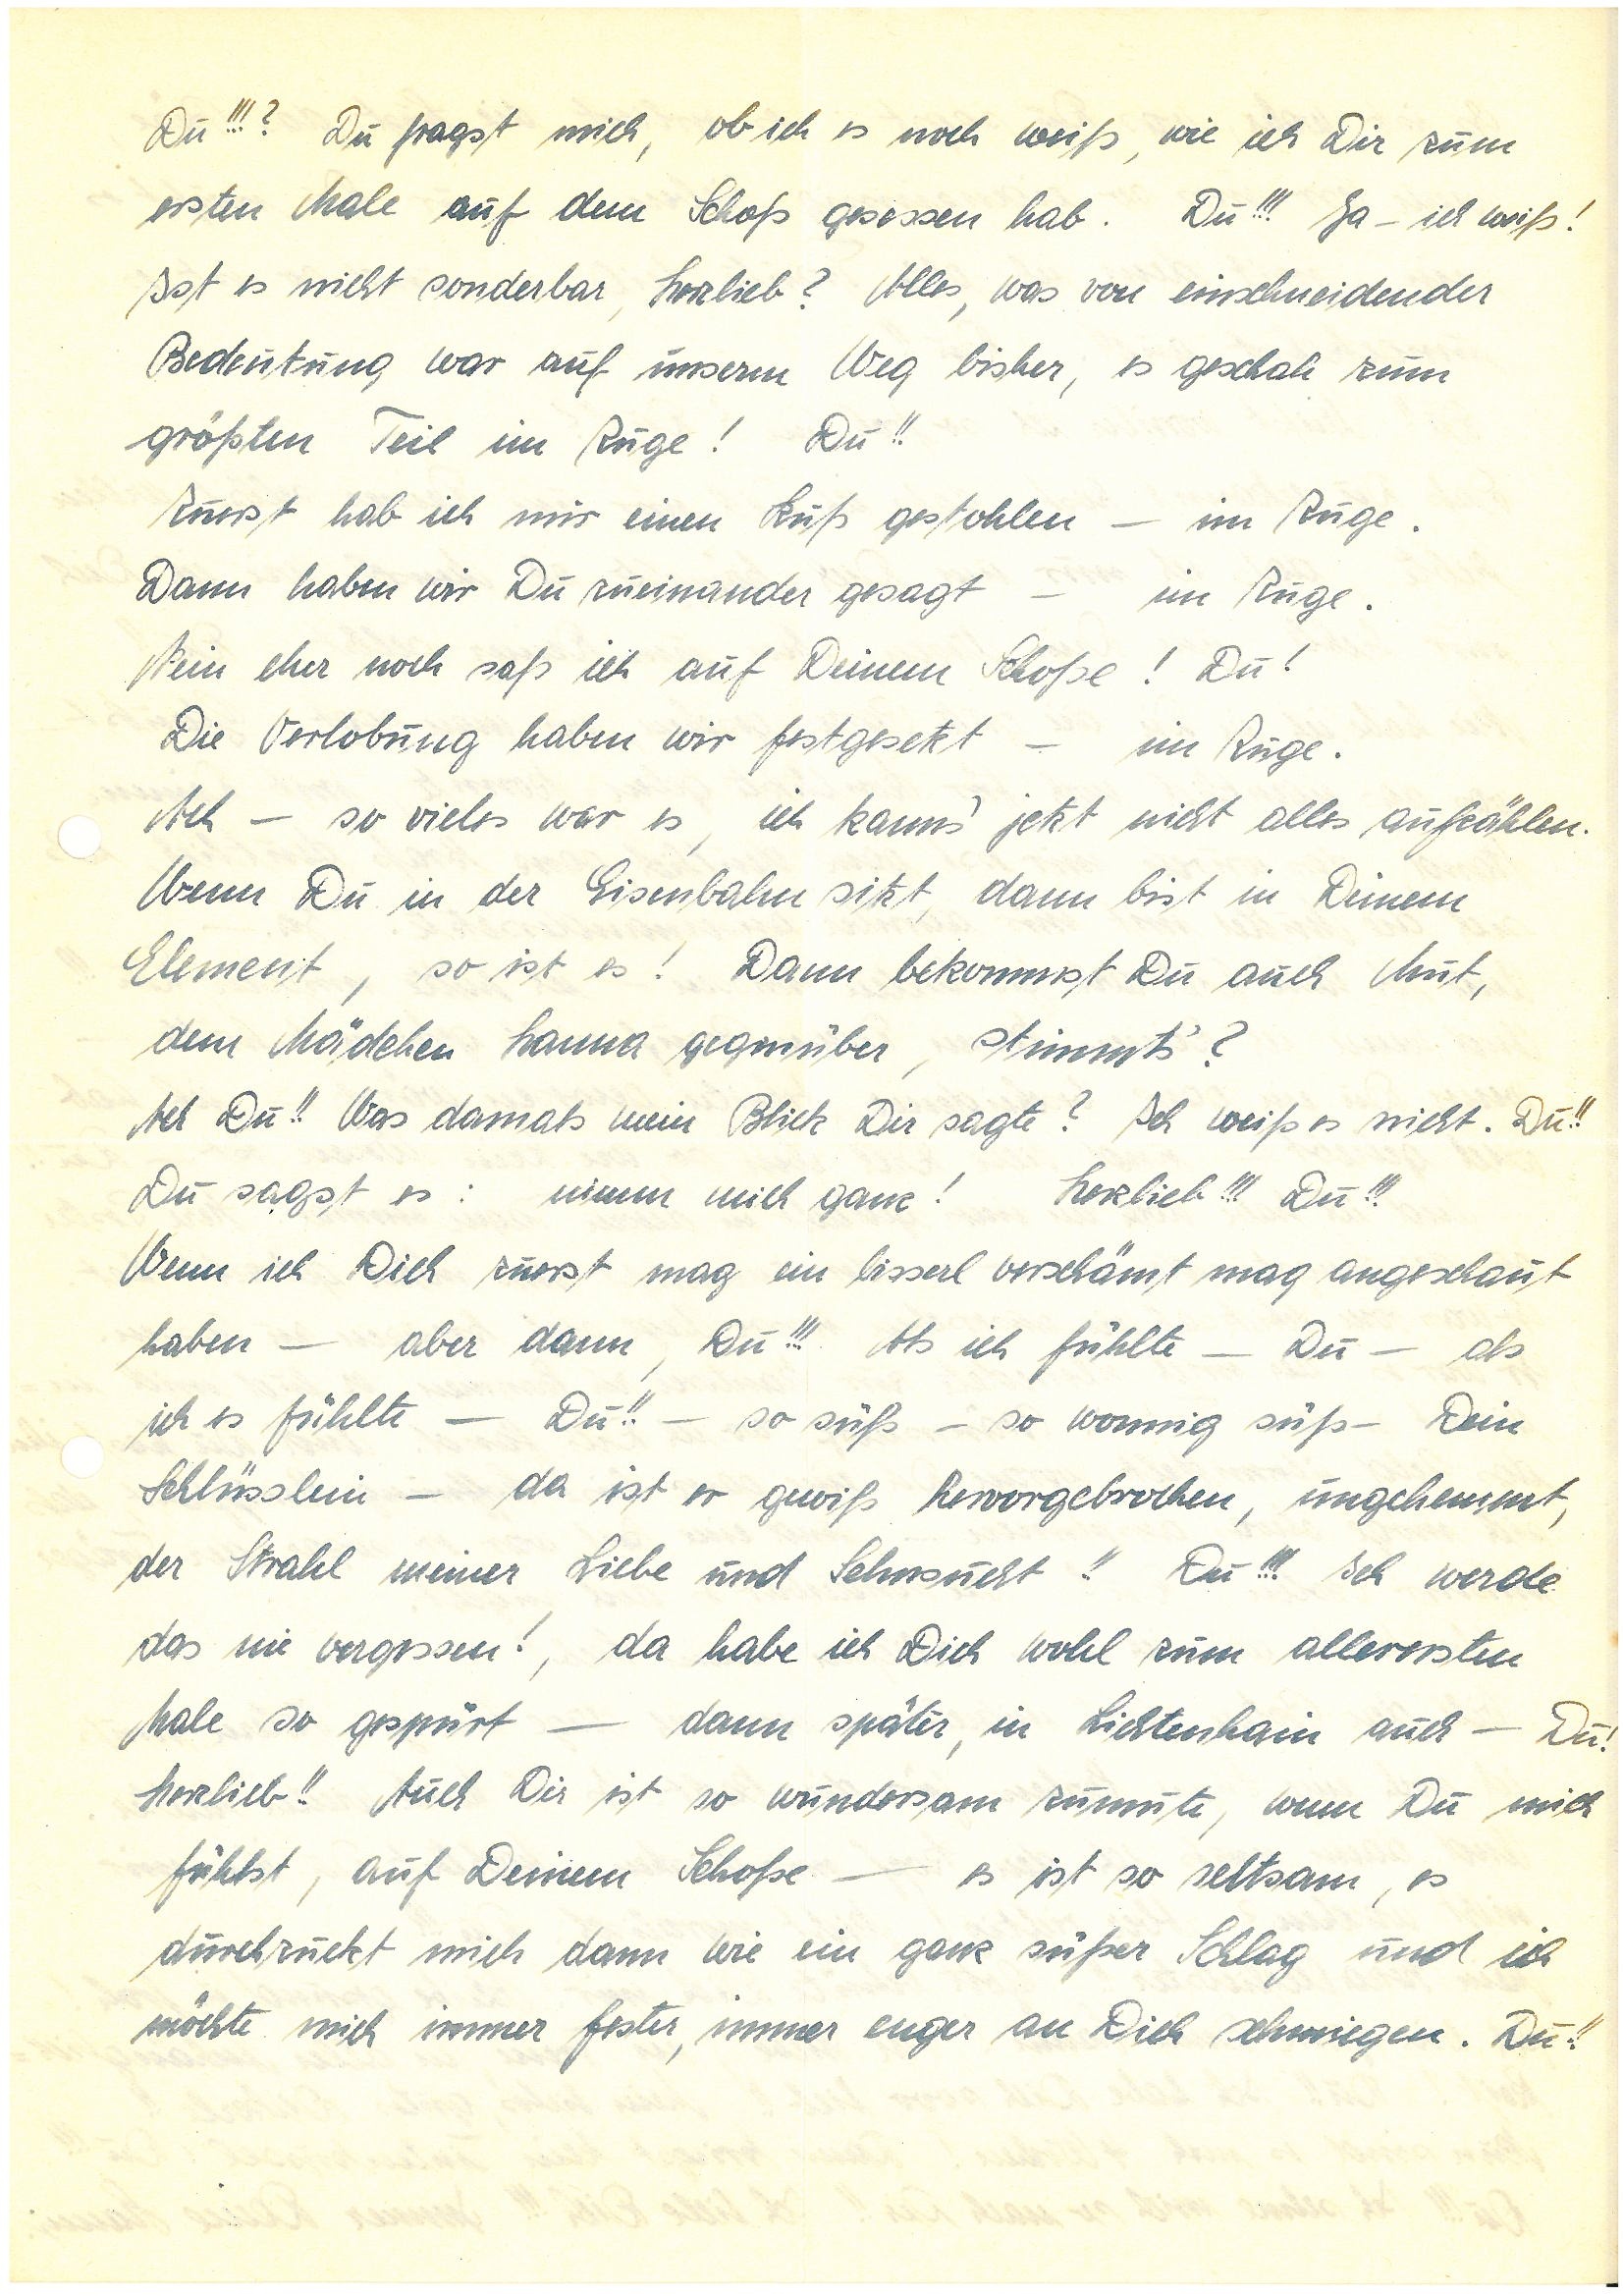
Du!!!? Du fragst mich, ob ich es noch weiß, wie ich Dir zum
ersten Male auf dem Schoß gesessen hab. Du!!! Ja – ich weiß!
Ist es nicht sonderbar, Herzlieb? Alles, was von einschneidender
Bedeutung war auf unserm Weg bisher, es geschah zum
größten Teil im Zuge! Du!!
Zuerst hab ich mir einen Kuß gestohlen – im Zuge.
Dann haben wir Du zueinander gesagt – im Zuge.
Nein eher saß ich noch auf Deinem Schoße! Du!
Die Verlobung haben wir fest gesetzt – im Zuge.
Ach – so vieles war es, ich kann’s jetzt nicht alles aufzählen.
Wenn Du in der Eisenbahn sitzt, dann bist in Deinem
Element, so ist es! Dann bekommst Du auch Mut,
dem Mädchen  gegenüber, stimmt’s?
Ach Du!! Was damals mein Blick Dir sagte? Ich weiß es nicht. Du!!
Du sagst es: nimm mich ganz! Herzlieb!!! Du!!!
Wenn ich Dich zuerst mag ein bissel verschämt angeschaut
haben — aber dann, Du!!! Als ich es fühlte – Du – als
ich es fühlte – Du!! – so süß – so wonnig süß – Dein
Schlüsslein – da ist er gewiß hervorgebrochen, ungehemmt,
der Strahl meiner Liebe und Sehnsucht!! Du!!! Ich werde
das nie vergessen!, da habe ich Dich wohl zum allerersten
Male so gespürt — dann später, in L. auch – Du!
Herzlieb!! Auch Dir ist so wundersam zumute, wenn Du mich
fühlst, auf Deinem Schoße — es ist so seltsam, es
durchzuckt mich dann wie ein ganz süßer Schlag und ich
möchte mich immer fester, immer enger an Dich schmiegen. Du!!